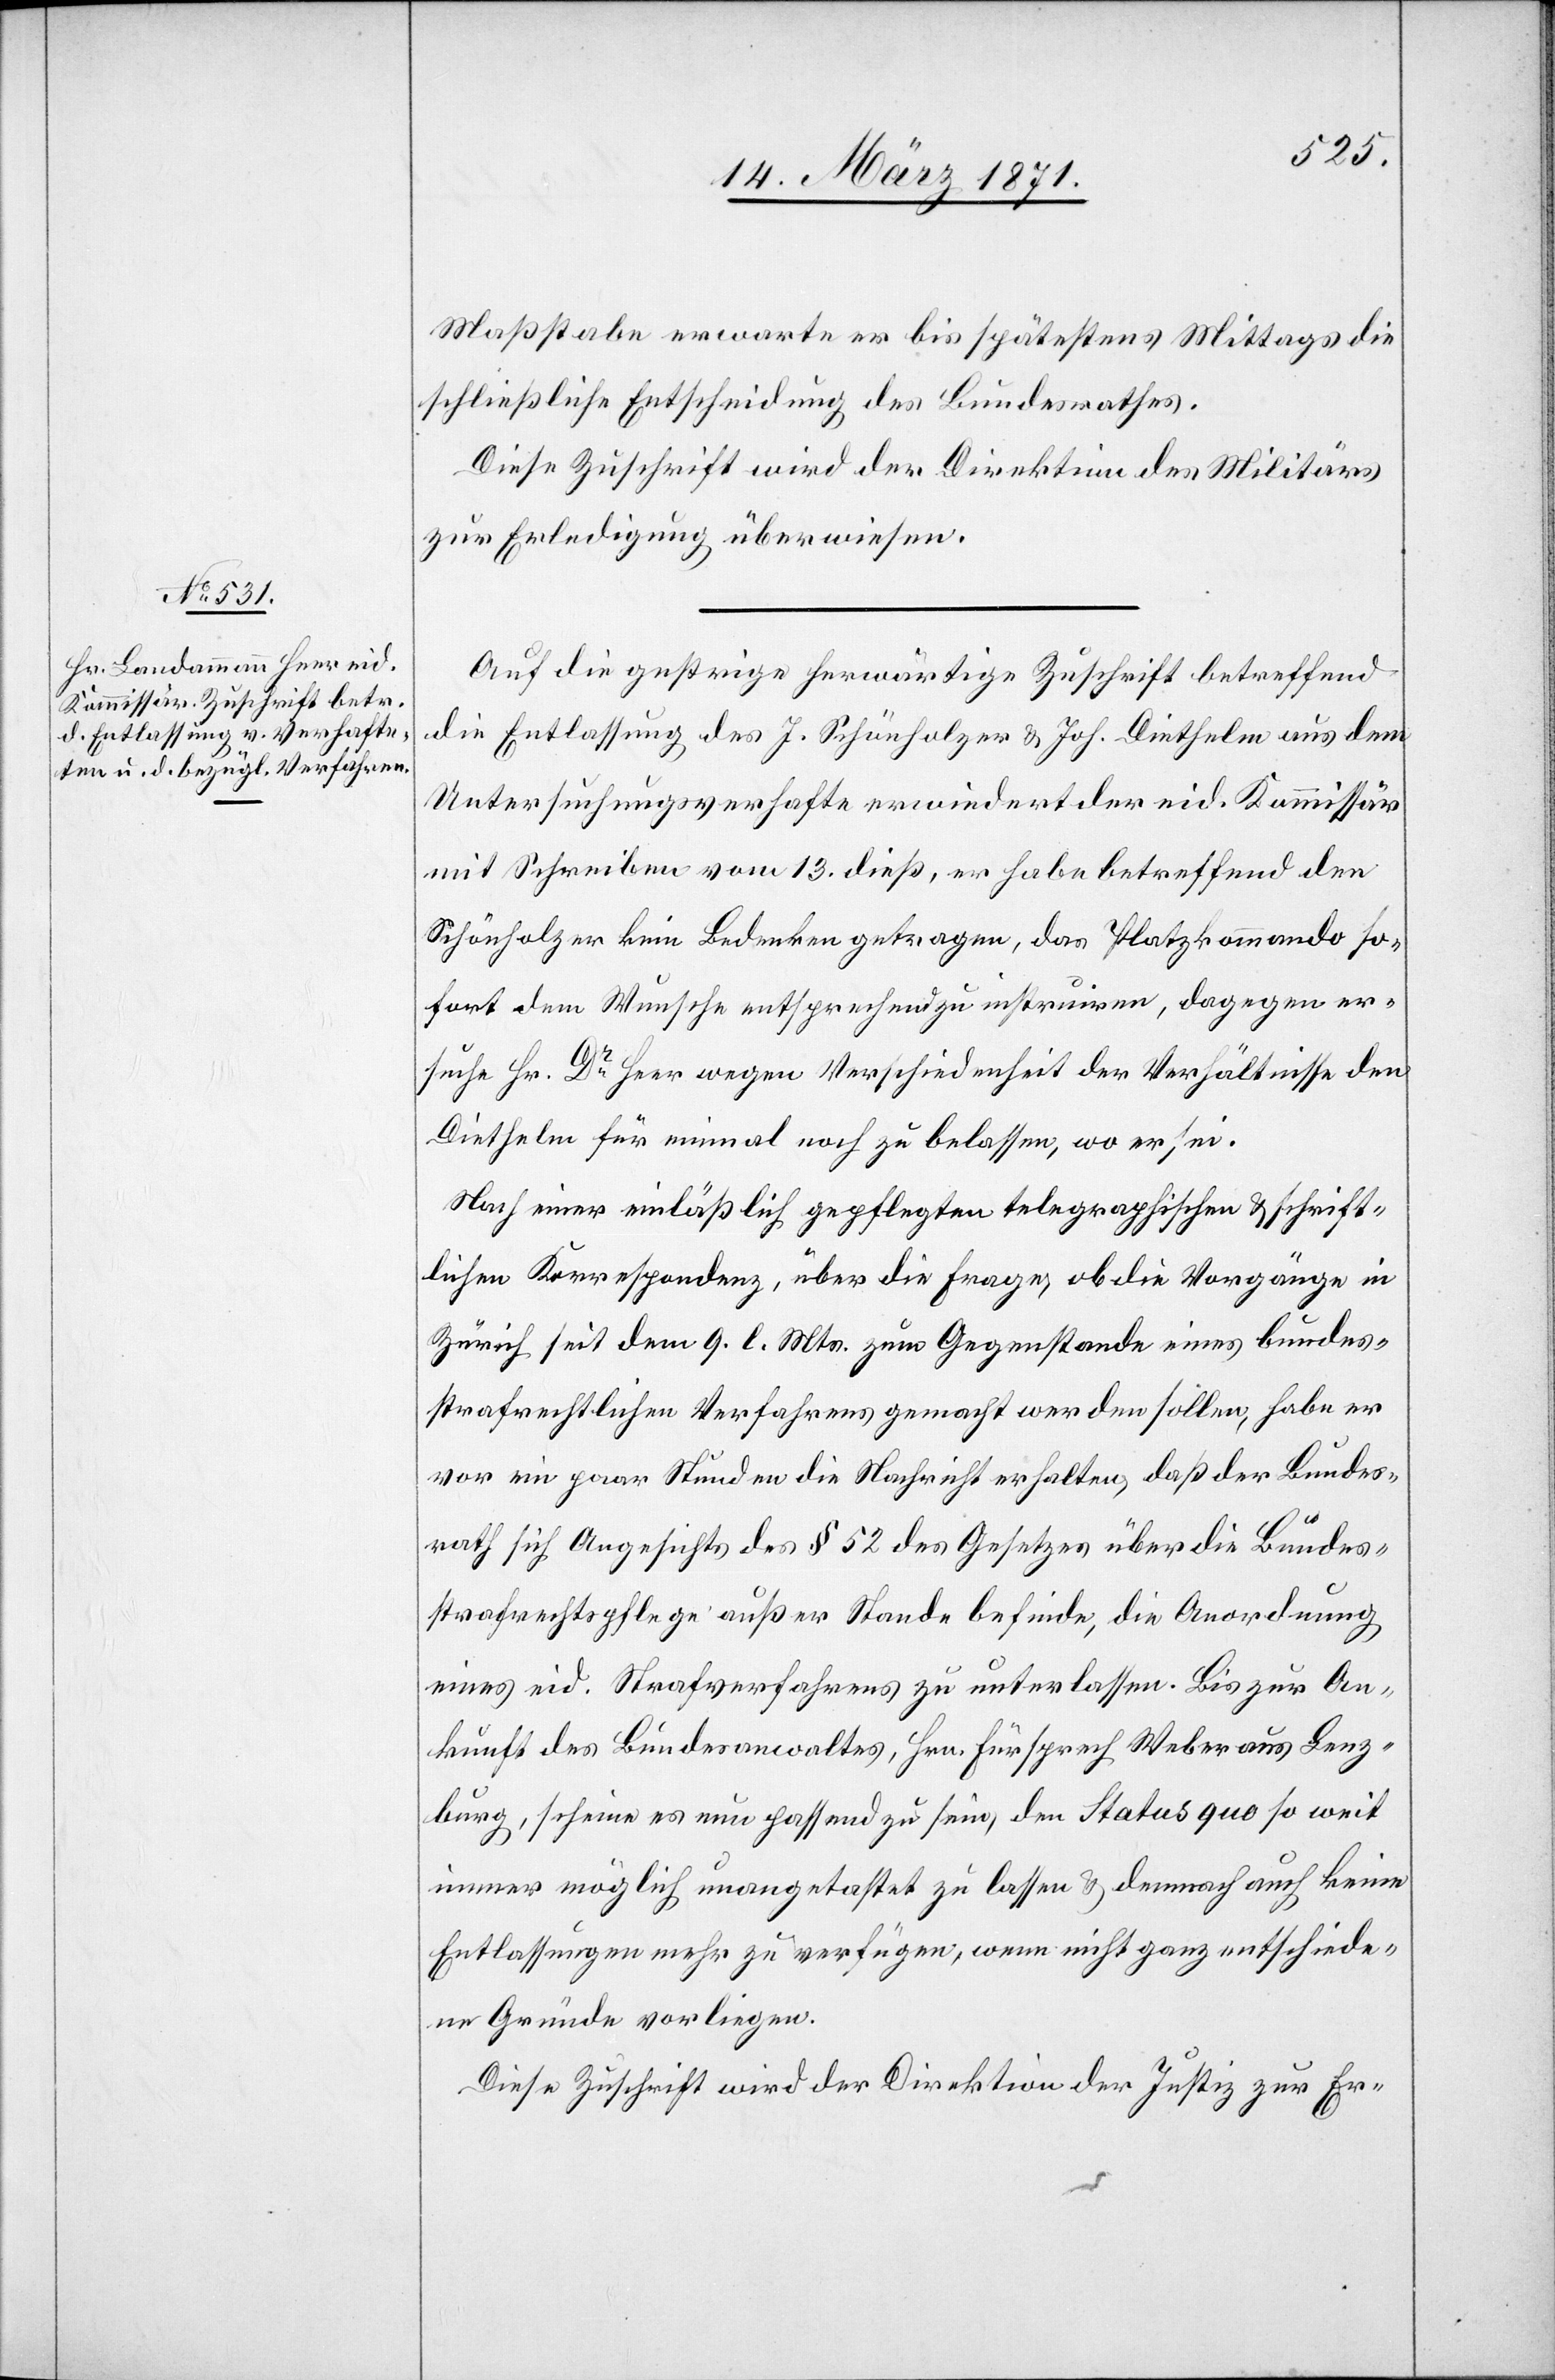
14. März 1871.]
Maßstabe erwarte er bis spätestens Mittags die
schließliche Entscheidung des Bundesrathes.
Diese Zuschrift wird der Direktion des Militärs
zur Erledigung überwiesen.
Auf die gestrige herwärtige Zuschrift betreffend
die Entlassung des J. Schünholzer [sic!] u. Joh. Diethelm aus dem
Untersuchungsverhafte erwiedert der eid. Kommissär
mit Schreiben vom 13. dieß, er habe betreffend den
Schönholzer kein Bedenken getragen, das Platzkommando so¬
fort dem Wunsche entsprechend zu instruiren, dagegen er¬
suche Hr. Dr. Heer wegen Verschiedenheit der Verhältnisse den
Diethelm für einmal noch zu belassen, wo er sei.
Nach einer einläßlich gepflegten telegraphischen u. schrift¬
lichen Korrespondenz, über die Frage, ob die Vorgänge in
Zürich seit dem 9. l. Mts. zum Gegenstande eines bundes¬
strafrechtlichen Verfahrens gemacht werden sollen, habe er
vor ein paar Stunden die Nachricht erhalten, daß der Bundes¬
rath sich Angesichts des § 52 des Gesetzes über die Bundes¬
strafrechtspflege außer Stande befinde, die Anordnung
eines eid. Strafverfahrens zu unterlassen. Bis zur An¬
kunft des Bundesanwaltes, Hrn. Fürsprech Weber aus Lenz¬
burg, scheine es nun passend zu sein, den Status quo so weit
immer möglich unangetastet zu lassen u. demnach auch keine
Entlassungen mehr zu verfügen, wenn nicht ganz entschiede¬
ne Gründe vorliegen.
Diese Zuschrift wird der Direktion der Justiz zur Er-